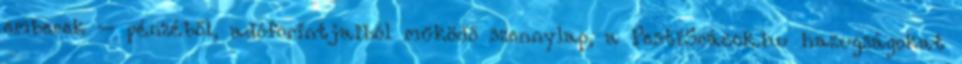
emberek – pénzéből, adóforintjaiból működő szennylap, a PestiSrácok.hu hazugságokat